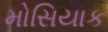
મોસિયાક